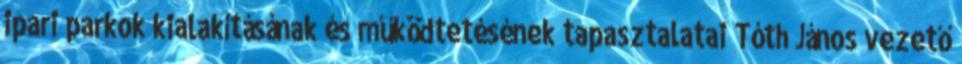
ipari parkok kialakításának és működtetésének tapasztalatai Tóth János vezető